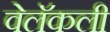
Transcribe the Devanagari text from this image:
वेलॅकली